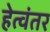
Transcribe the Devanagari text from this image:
हेत्वंतर